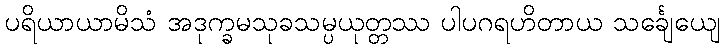
ပရိယာယာမိသံ အဒုက္ခမသုခသမ္ပယုတ္တဿ ပါပဂရဟိတာယ သင်္ချေယျေ